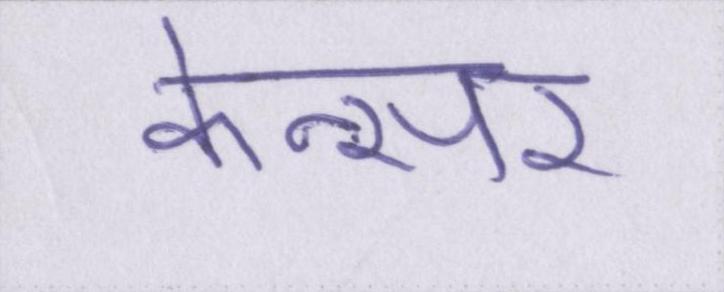
केन्सर